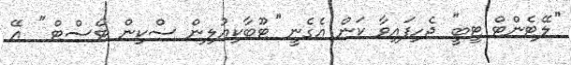
''ލޭޓެންޓް ޓީބީ'' ޖެހިފައިވާ ކަން އެގެނީ ''ޓޫބާކިއުލިން ސްކިން ޓެސްޓް '' އޭ